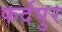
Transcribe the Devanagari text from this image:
फर्दपुर